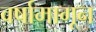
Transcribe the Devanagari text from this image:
वर्षामागून